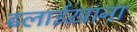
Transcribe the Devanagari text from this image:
ढलाईख़ाना